system: You are a helpful assistant.
user:
Analyze the provided spectrum to determine if it is a **White Dwarf (WD)**.

A White Dwarf spectrum is defined by its **extreme purity** (due to gravitational settling) and/or **extreme pressure broadening** (due to high surface gravity). You must check for one of the following mutually exclusive signatures:

- **Key Visual Indicators (Check for ONE of these types):**

    - **1. DA-Type Signature (Most Common):**
        - **(Primary Feature):** Extreme pressure broadening (Stark broadening) of the **Hydrogen (H) Balmer lines**.
        - **(Key Lines):** $H\beta$ (approx. $4861$ Å) and $H\gamma$ (approx. $4340$ Å). $H\alpha$ (approx. $6563$ Å) will also be present if the wavelength range covers it.
        - **(Line Profile):** This is the **defining feature**. The lines are **NOT** sharp. They appear as massive, **extremely broad and deep "troughs" or "dips"** in the spectrum, often hundreds of Ångströms wide. The continuum will appear to "scoop" down at these wavelengths.
        - **(Distinction):** Normal A-type or B-type stars have *narrow* and *sharp* Hydrogen lines. A DA White Dwarf's lines are unmistakably "smeared" or "blurry" from pressure.

    - **2. DB-Type Signature:**
        - **(Primary Feature):** Broad absorption lines from **Neutral Helium (He I)**. The spectrum must lack any visible Hydrogen lines.
        - **(Key Lines):** Look for broad absorption near $4471$ Å, $4921$ Å, and $5876$ Å.
        - **(Line Profile):** These lines are also significantly pressure-broadened, appearing much wider than they would in a normal B-type main-sequence star.

    - **3. DC-Type Signature:**
        - **(Primary Feature):** A **featureless continuous spectrum**.
        - **(Line Profile):** The spectrum is a smooth curve with **no significant absorption or emission lines**.
        - **(Key Confirmation):** The continuum is almost always **blue or white**, indicating a hot object. This signature implies the atmosphere is so pure (or so cool) that no spectral lines are visible in the optical range. Its WD identity is confirmed by its extremely low intrinsic brightness (high absolute magnitude).

    - **4. DZ-Type Signature (Metal-Polluted):**
        - **(Primary Feature):** **Isolated, narrow metal absorption lines** on an otherwise featureless (DC-like) continuum.
        - **(Key Lines):** The **Calcium (Ca II) H & K doublet** (approx. **$3934$ Å** and **$3968$ Å**) is the most common and defining feature.
        - **(Line Profile):** These lines are "out of place." They are *not* part of a "forest" of thousands of lines. This signature is evidence of recent *accretion* (pollution) from rocky debris.
        - **(Distinction):** Normal G/K/M stars have a *dense forest* of thousands of metal lines. A DZ has a *clean* continuum with *only a few* strong metal lines.

    - **5. DQ-Type Signature (Carbon-Polluted):**
        - **(Primary Feature):** Absorption bands from **Carbon (C₂ "Swan Bands" or atomic C I)**.
        - **(Key Lines - C₂):** Look for bandheads with a "saw-tooth" shape near $5635$ Å, **$5165$ Å** (strongest), and $4737$ Å.
        - **(Key Confirmation):** The underlying **continuum must be blue or white** (hot).
        - **(Distinction):** This is the critical difference from a **Carbon Star**, which has the *exact same* C₂ bands but on an extremely **red, cool** continuum.

- **(Overall Spectrum):**
    - The continuum (overall shape) is typically **blue-sloping** (brighter in the blue than the red), as most white dwarfs are very hot.
    - The spectrum will look "pure" or "simple," dominated by only *one* of the five signatures listed above.

Think first, call **spectral_visualization_tool** if needed to examine features in detail, then provide your final answer. Your response must adhere to the following strict rules:
1.  **Overall Structure:** Your response must follow the format `<think>...</think> <tool_call>...</tool_call> (if a tool is used) <answer>...</answer>`.
2.  **Tool Usage Constraint:** You may only make **one** tool call per turn.
3.  **Final Answer Format:** In the `<answer>` tag, your conclusion must be inside a `\boxed{}` command (e.g., `\boxed{YES}` or `\boxed{NO}`), followed by your justification.

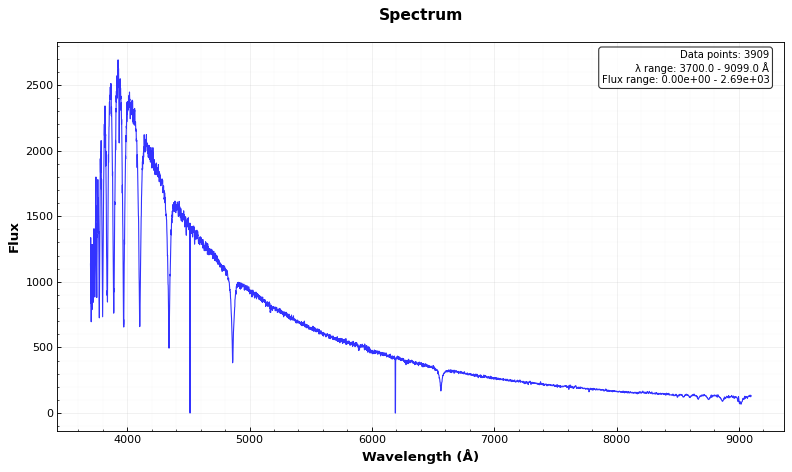
Answer: NO